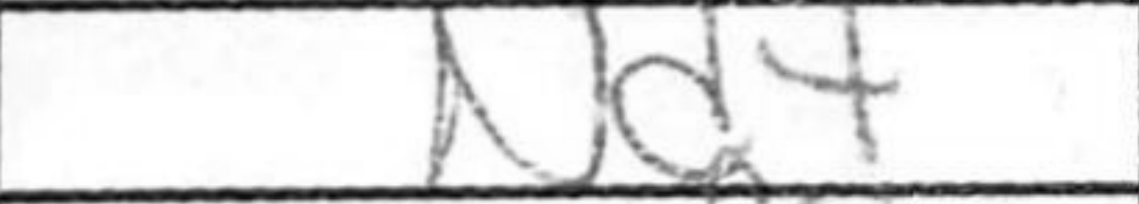
Transcription: Nd4